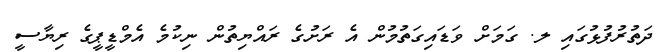
ދަތުރުފުޅުގައި ލ. ގަމަށް ވަޑައިގަތުމުން އެ ރަށުގެ ރައްޔިތުން ނިކުމެ އެމްޑީޕީގެ ރިޔާސީ